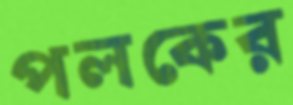
পলকের